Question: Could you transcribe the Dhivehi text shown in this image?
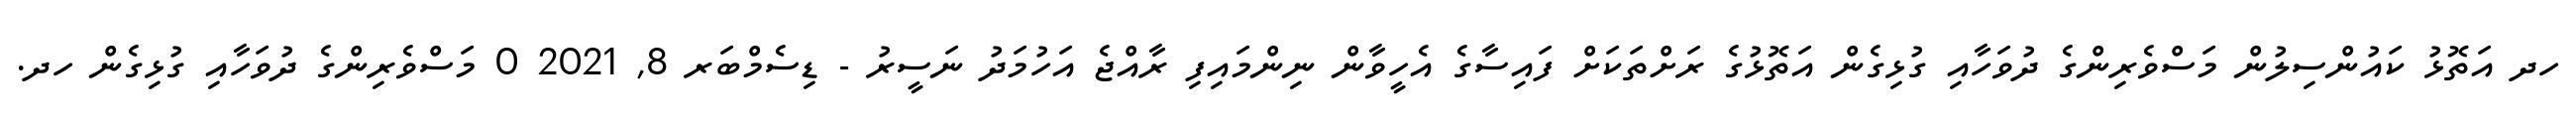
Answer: ހދ އަތޮޅު ކައުންސިލުން މަސްވެރިންގެ ދުވަހާއި ގުޅިގެން އަތޮޅުގެ ރަށްތަކަށް ފައިސާގެ އެހީވާން ނިންމައިފި ރާއްޖެ އަހުމަދު ނަސީރު - ޑިސެމްބަރ 8, 2021 0 މަސްވެރިންގެ ދުވަހާއި ގުޅިގެން ހދ.